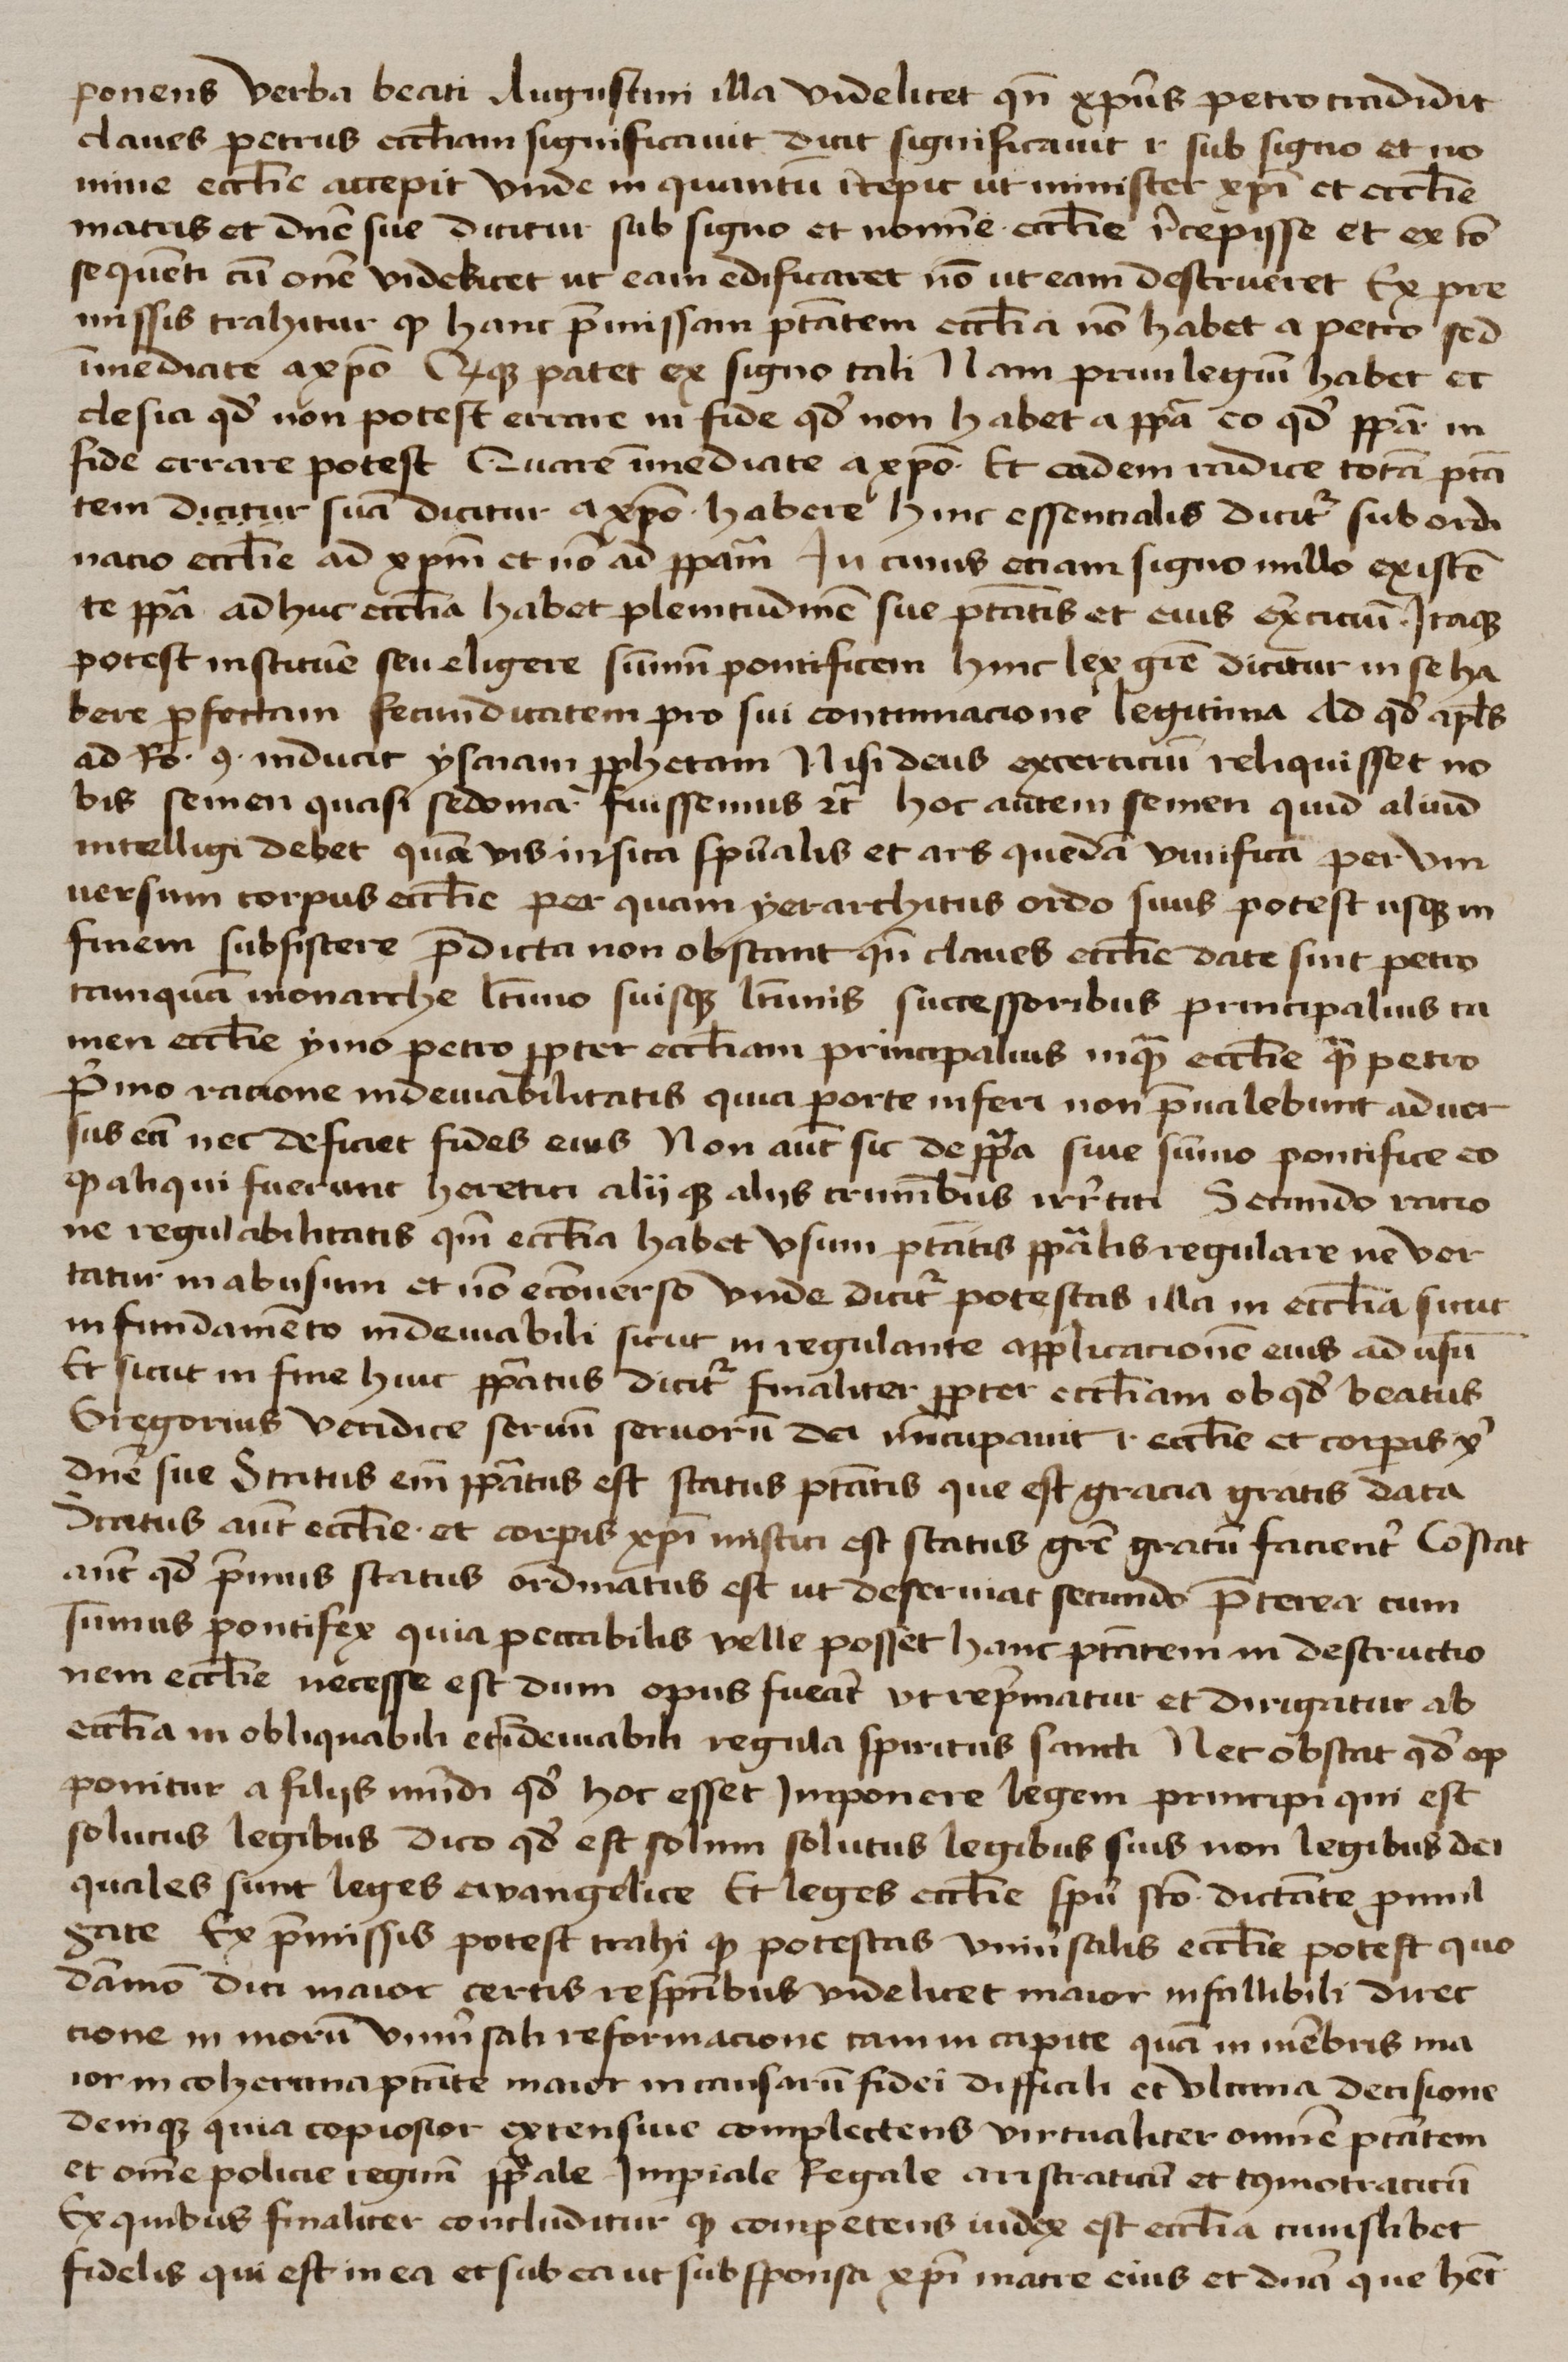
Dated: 1425–1449